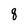
Character: q